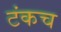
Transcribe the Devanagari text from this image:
टंकच